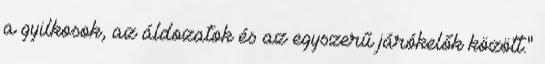
a gyilkosok, az áldozatok és az egyszerű járókelők között."